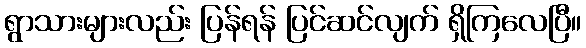
ရွာသားများလည်း ပြန်ရန် ပြင်ဆင်လျက် ရှိကြလေပြီ။